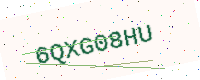
Text: 6QXG08HU